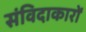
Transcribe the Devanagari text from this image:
संविदाकारों